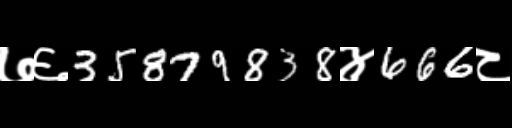
Text: ७६35879838४666८